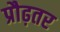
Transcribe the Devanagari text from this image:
प्रौढ़तर